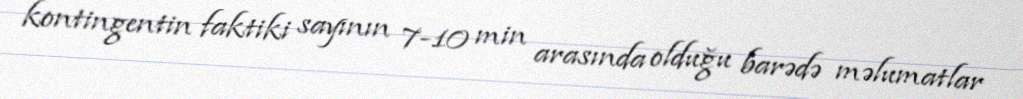
kontingentin faktiki sayının 7-10 min arasında olduğu barədə məlumatlar